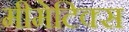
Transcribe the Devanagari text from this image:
मीमेटिक्स